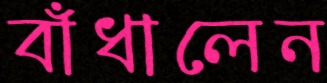
বাঁধালেন